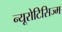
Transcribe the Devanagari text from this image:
न्यूरोटिसिज्म